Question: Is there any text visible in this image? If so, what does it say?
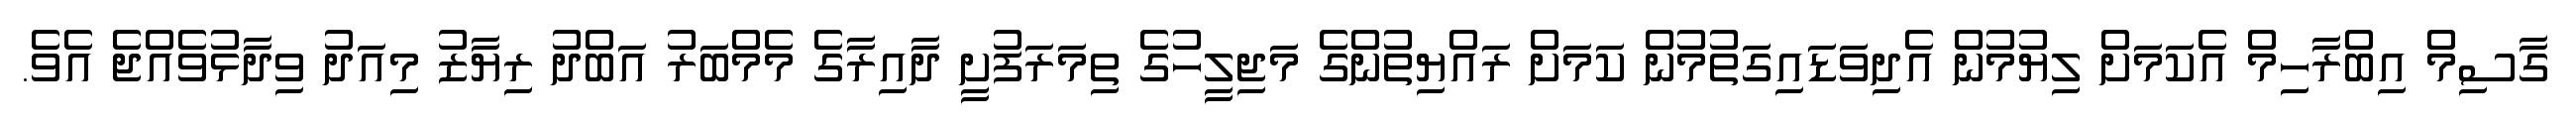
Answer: ގާސިމް އިބްރާހިމް އެކަމަށް ލިޔުމުން އެދިވަޑައިގަތުމުން ކަމަށް ރައްޔިތުންގެ މަޖިލީހުގެ ތިމަރަފުށީ ދާއިރާގެ މެމްބަރު އަބްދު ރިޔާޒު މިއަދު ވިދާޅުވެއްޖެ އެވެ.